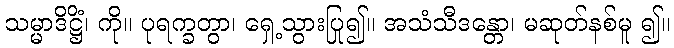
သမ္မာဒိဋ္ဌိံ၊ ကို။ ပုရက္ခတွာ၊ ရှေ့သွားပြု၍။ အသံသီဒန္တော၊ မဆုတ်နစ်မူ ၍။